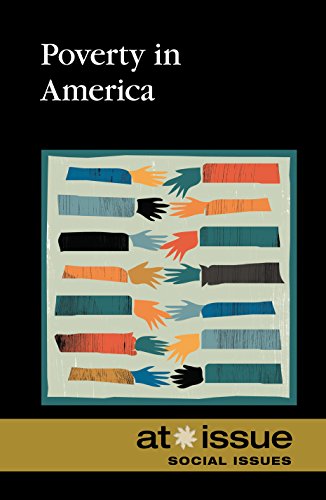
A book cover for Poverty in America (At Issue); Tamara Thompson; Teen & Young Adult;